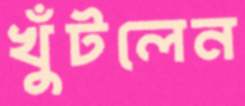
খুঁটলেন